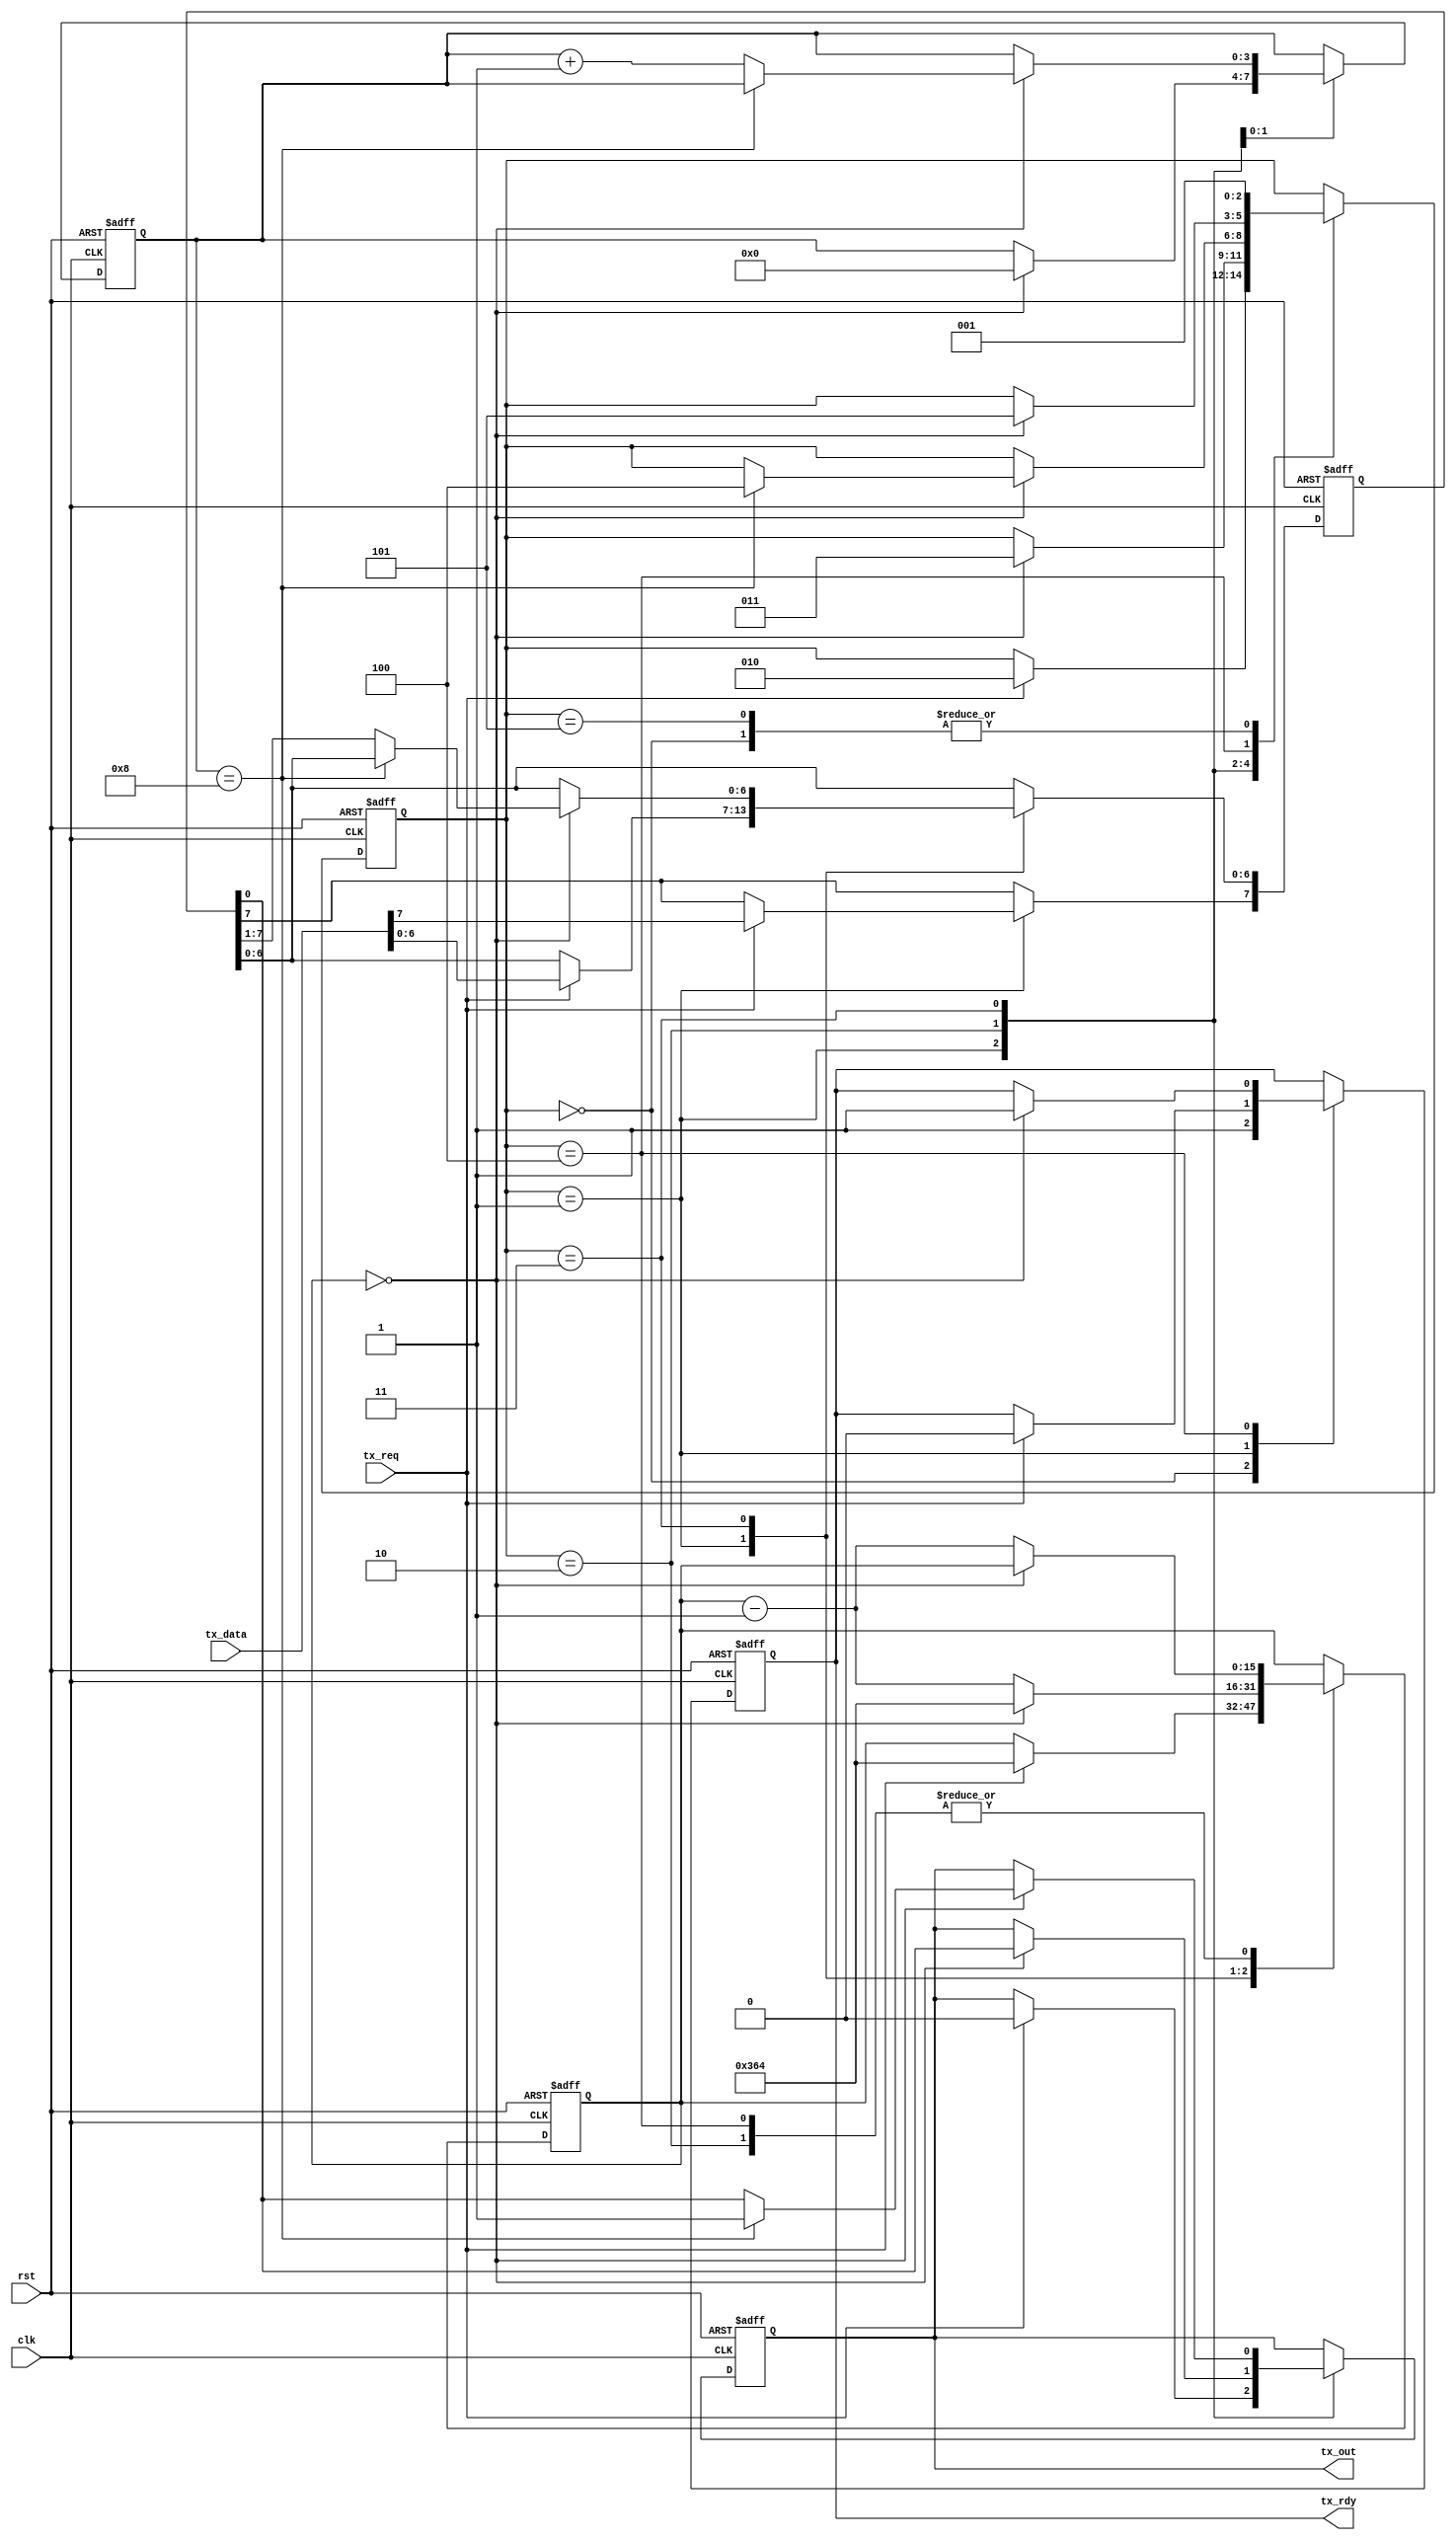
`timescale 1ns / 1ps 
//////////////////////////////////////////////////////////////////////////////////
// Company: MoySys, LLC
//
// Design Name:
// Module Name: IoBd_Uart_TX
// Project Name:
// Target Devices:
// Tool Versions:
// Description:
//
// Dependencies:
//
// Revision:
// Revision 0.01 - File Created
// Additional Comments:
//
//////////////////////////////////////////////////////////////////////////////////


module IoBd_Uart_TX(
          input clk,
          input rst,
          output reg tx_out,
          input [ 7: 0 ] tx_data,
          output reg tx_rdy,
          input tx_req
       );

// State values and Hold time contant
localparam	STATE_IDLE	= 0, 	// Initial/Reset state
           STATE_WAIT_REQ	= 1,
           STATE_WAIT_START	= 2,
           STATE_SEND_BITS	= 3,
           STATE_SEND_STOP	= 4,
           STATE_OUTPUT_RESULTS	= 5,

           WAIT_BIT_CNT = 868; // 888;


reg [ 2: 0 ] uart_state;
reg [ 15: 0 ] wait_counter;
reg [ 3: 0 ] bit_count;
reg [ 7: 0 ] data;



// tX UART controller State Machine
always @( posedge clk or posedge rst ) begin
	if ( rst ) begin
		wait_counter <= 0;
		bit_count <= 0;
		data <= 0;
		uart_state <= STATE_IDLE;
		tx_rdy <= 0;
		tx_out <= 1;
		end
	else begin
		case ( uart_state )

			STATE_IDLE: begin
				uart_state <= STATE_WAIT_REQ;
				tx_rdy <= 1;
				end

			STATE_WAIT_REQ: begin
				if ( tx_req == 1 ) begin				// lets get started
					uart_state <= STATE_WAIT_START;
					wait_counter <= WAIT_BIT_CNT;
					data <= tx_data;
					tx_out <= 0;
					tx_rdy <= 0;
					end
				end

			STATE_WAIT_START: begin
				if ( wait_counter == 0 ) begin		// START bit done
					uart_state <= STATE_SEND_BITS;
					bit_count <= 0;
					tx_out <= data[ 0 ];
					end
				else begin
					wait_counter <= wait_counter - 1;
					end
				end

			STATE_SEND_BITS: begin
				if ( wait_counter == 0 ) begin			// - done with the bit time. Do we have more bits?
					if ( bit_count == 8 ) begin					// all bits done?
						uart_state <= STATE_SEND_STOP;
						wait_counter <= WAIT_BIT_CNT;
						tx_out <= 1;
						end
					else begin									// get ready to read next bit
						wait_counter <= WAIT_BIT_CNT;
						tx_out <= data[ 0 ];
						bit_count <= bit_count + 1;
						data[ 6: 0 ] <= data[ 7: 1 ];						// shift bits over one spot
						end
					end
				else begin									// - still within a bit time
					wait_counter <= wait_counter - 1;
					end
				end

			STATE_SEND_STOP: begin
				if ( wait_counter == 0 ) begin
					uart_state <= STATE_OUTPUT_RESULTS;
					tx_rdy <= 1;
					end
				else begin									// - still within a bit time
					wait_counter <= wait_counter - 1;
					end
				end

			STATE_OUTPUT_RESULTS: begin
				uart_state <= STATE_WAIT_REQ;
				end
			endcase
		end
end


endmodule